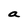
Character: a